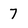
Character: 7